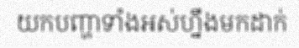
យកបញ្ហាទាំងអស់ហ្នឹងមកដាក់